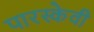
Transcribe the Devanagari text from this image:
पारस्केवी